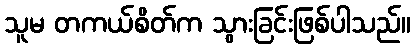
သူမ တကယ်စိတ်က သွားခြင်းဖြစ်ပါသည်။